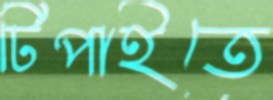
টিপাইতে